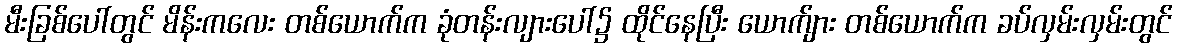
မီးခြစ်ပေါ်တွင် မိန်းကလေး တစ်ယောက်က ခုံတန်းလျားပေါ်၌ ထိုင်နေပြီး ယောက်ျား တစ်ယောက်က ခပ်လှမ်းလှမ်းတွင်